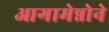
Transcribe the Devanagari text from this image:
आगामेन्नोने